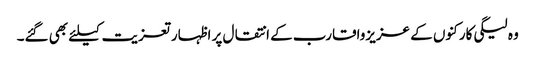
وہ لیگی کارکنوں کے عزیزواقارب کے انتقال پر اظہار تعزیت کیلئے بھی گئے۔